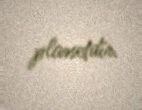
planetdir.